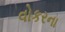
વોકરના